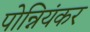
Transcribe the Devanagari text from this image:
पोन्नियंकर